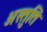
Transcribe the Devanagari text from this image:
अस्तुति